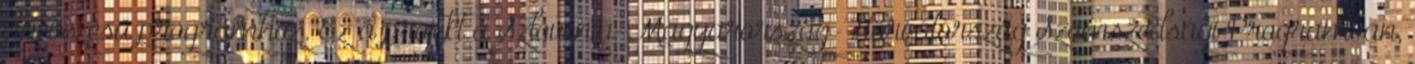
elnevezésű programhoz. Ez a projekt a Szlovénia-Magyarország-Horvátország Szomszédsági Programban,